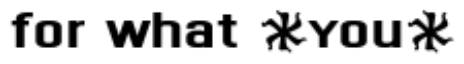
for what *you*